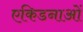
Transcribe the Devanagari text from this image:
एकिडनाओं